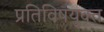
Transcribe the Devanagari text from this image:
प्रतिविषयुक्त